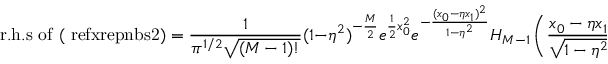
\mathrm { r . h . s ~ o f ~ ( \ r e f { x r e p n b s 2 } ) } = { \frac { 1 } { \pi ^ { 1 / 2 } \sqrt { ( M - 1 ) ! } } } ( 1 - \eta ^ { 2 } ) ^ { - { \frac { M } { 2 } } } e ^ { { \frac { 1 } { 2 } } x _ { 0 } ^ { 2 } } e ^ { - { \frac { ( x _ { 0 } - \eta x _ { 1 } ) ^ { 2 } } { 1 - \eta ^ { 2 } } } } H _ { M - 1 } \left( { \frac { x _ { 0 } - \eta x _ { 1 } } { \sqrt { 1 - \eta ^ { 2 } } } } \right) .